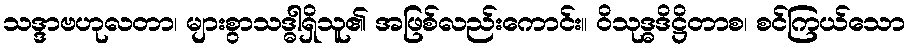
သဒ္ဒာဗဟုလတာ၊ များစွာသဒ္ဓါရှိသူ၏ အဖြစ်လည်းကောင်း။ ဝိသုဒ္ဓဒိဋ္ဌိတာစ၊ စင်ကြယ်သော